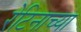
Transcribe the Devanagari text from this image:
रेटिनाच्या